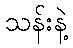
သန်းနဲ့